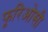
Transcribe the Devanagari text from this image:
फूरिओसी